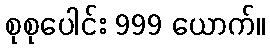
စုစုပေါင်း 999 ယောက်။